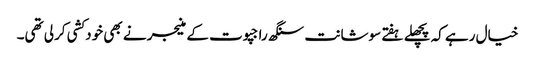
خیال رہے کہ پچھلے ہفتے سوشانت سنگھ راجپوت کے منیجر نے بھی خودکشی کرلی تھی۔